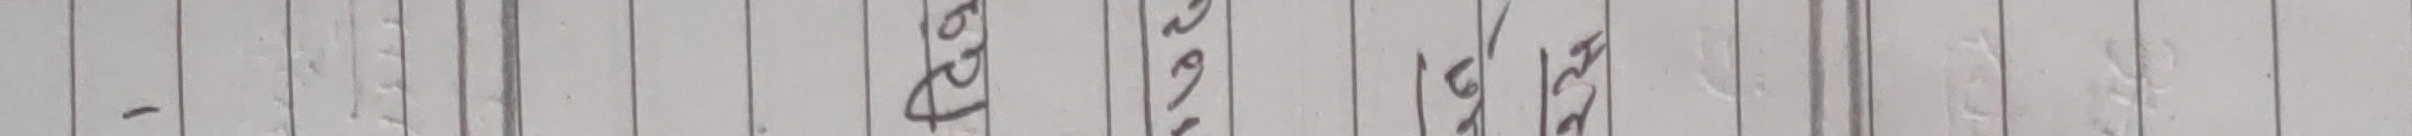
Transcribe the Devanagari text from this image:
१३, ५७६१४